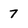
Character: 7